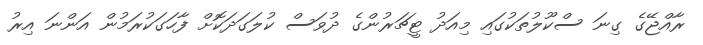
ރާއްޖޭގެ ގިނަ ސްކޫލުތަކުގައި މިއަދު ޓީޗަރުންގެ ދުވަސް ކުލަގަދަކޮށް ފާހަގަކުރަމުން އަންނަ އިރު